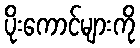
ပိုးကောင်များကို